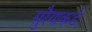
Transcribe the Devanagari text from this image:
सुरैयाकडे